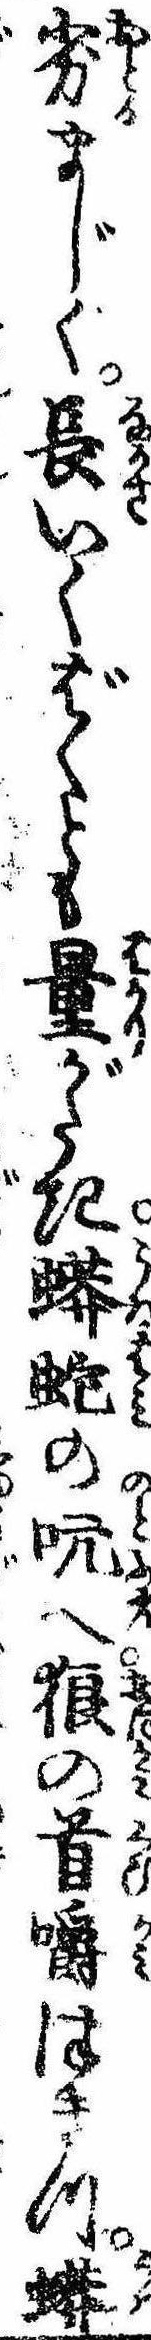
劣まじく長いくばくとも量がたき蠎蛇の吭へ狼の首嚼つきつ蠎